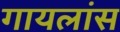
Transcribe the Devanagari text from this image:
गायलांस